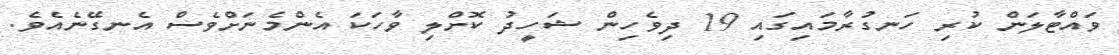
ވައްޓާލަން ކުރި ހަނގުރާމައިގައި 19 ދިވެހިން ޝަހީދު ކޮށްލި ވާހަކަ އެންމެނަށްވެސް އެނގޭނެއެވެ.